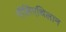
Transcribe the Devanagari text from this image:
पॉलिएथिलान